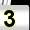
Digit: 3